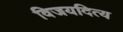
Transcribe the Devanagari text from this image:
विजयदित्य